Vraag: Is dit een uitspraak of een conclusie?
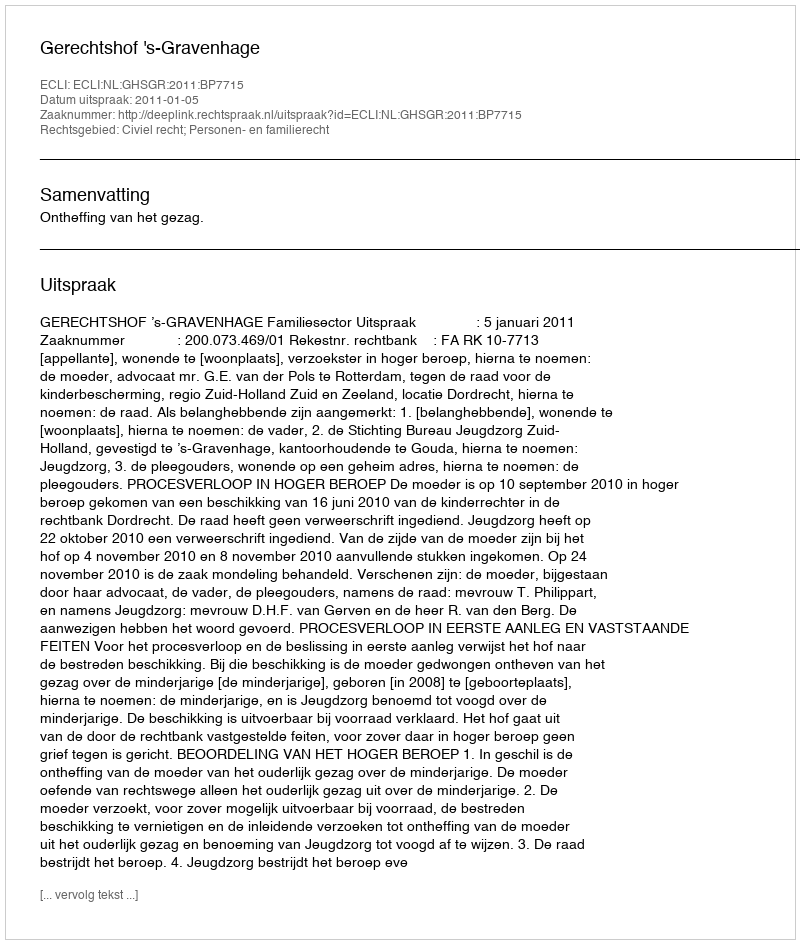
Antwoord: Uitspraak